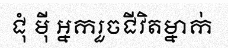
ជុំ ម៉ី អ្នករួចជីវិតម្នាក់